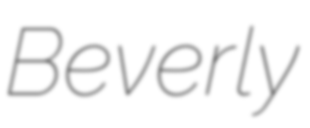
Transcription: Beverly